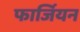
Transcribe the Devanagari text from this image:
फार्जियन